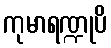
ကုမာရဏ္ဍုပိ